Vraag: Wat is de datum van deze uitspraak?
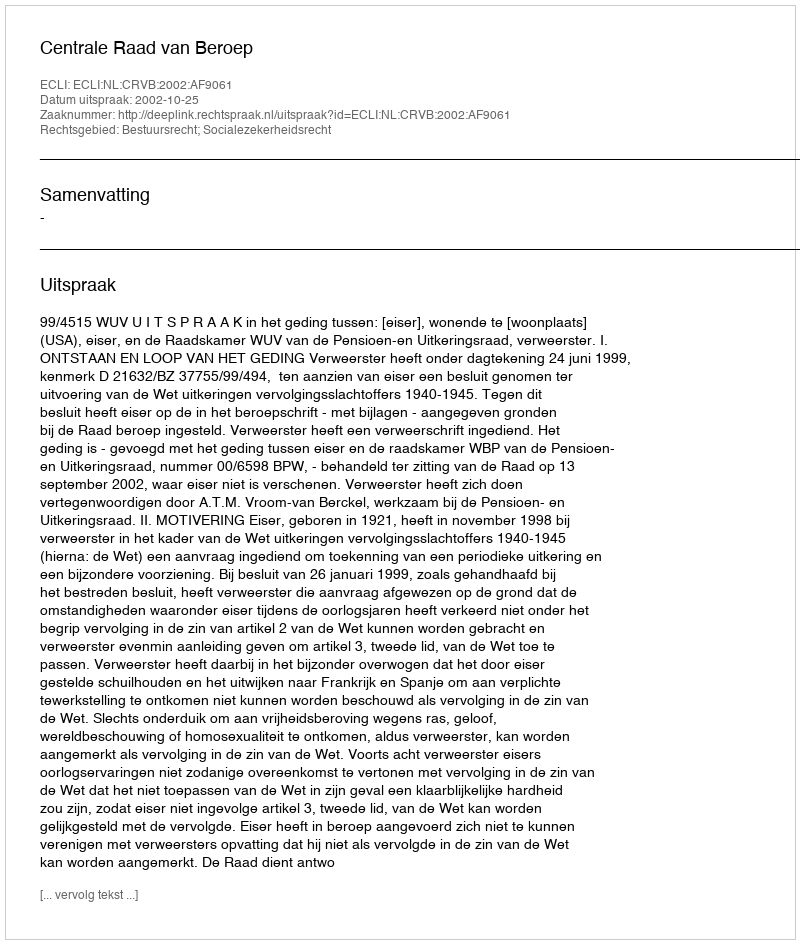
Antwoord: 2002-10-25